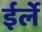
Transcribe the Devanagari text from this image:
ईर्ले